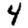
Digit: 4